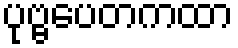
ပုဗ္ဗပေတကထာ